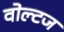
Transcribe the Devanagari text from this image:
वोल्टज